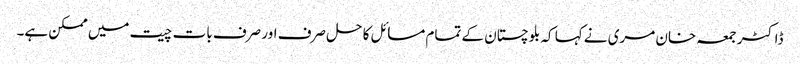
ڈاکٹر جمعہ خان مری نے کہا کہ بلوچستان کے تمام مسائل کا حل صرف اور صرف بات چیت میں ممکن ہے۔